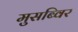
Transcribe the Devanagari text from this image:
मुसब्विर